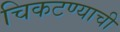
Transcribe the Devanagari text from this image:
चिकटण्याची